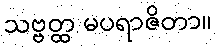
သဗ္ဗတ္ထ မပရာဇိတာ။